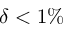
\delta < 1 \%